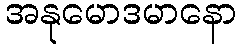
အနုမောဒမာနော